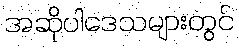
အဆိုပါဒေသများတွင်